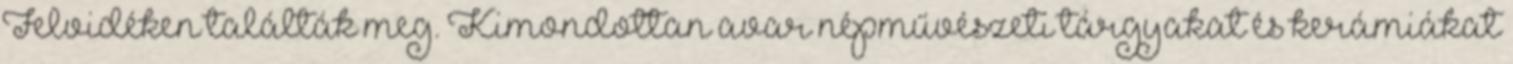
Felvidéken találták meg. Kimondottan avar népművészeti tárgyakat és kerámiákat